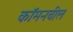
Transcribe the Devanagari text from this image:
कॉमनवील